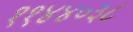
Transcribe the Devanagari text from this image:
११४४०३८